Vana-Kasaritsa_(Kasaritsa)_vallavalitsus, lk 4
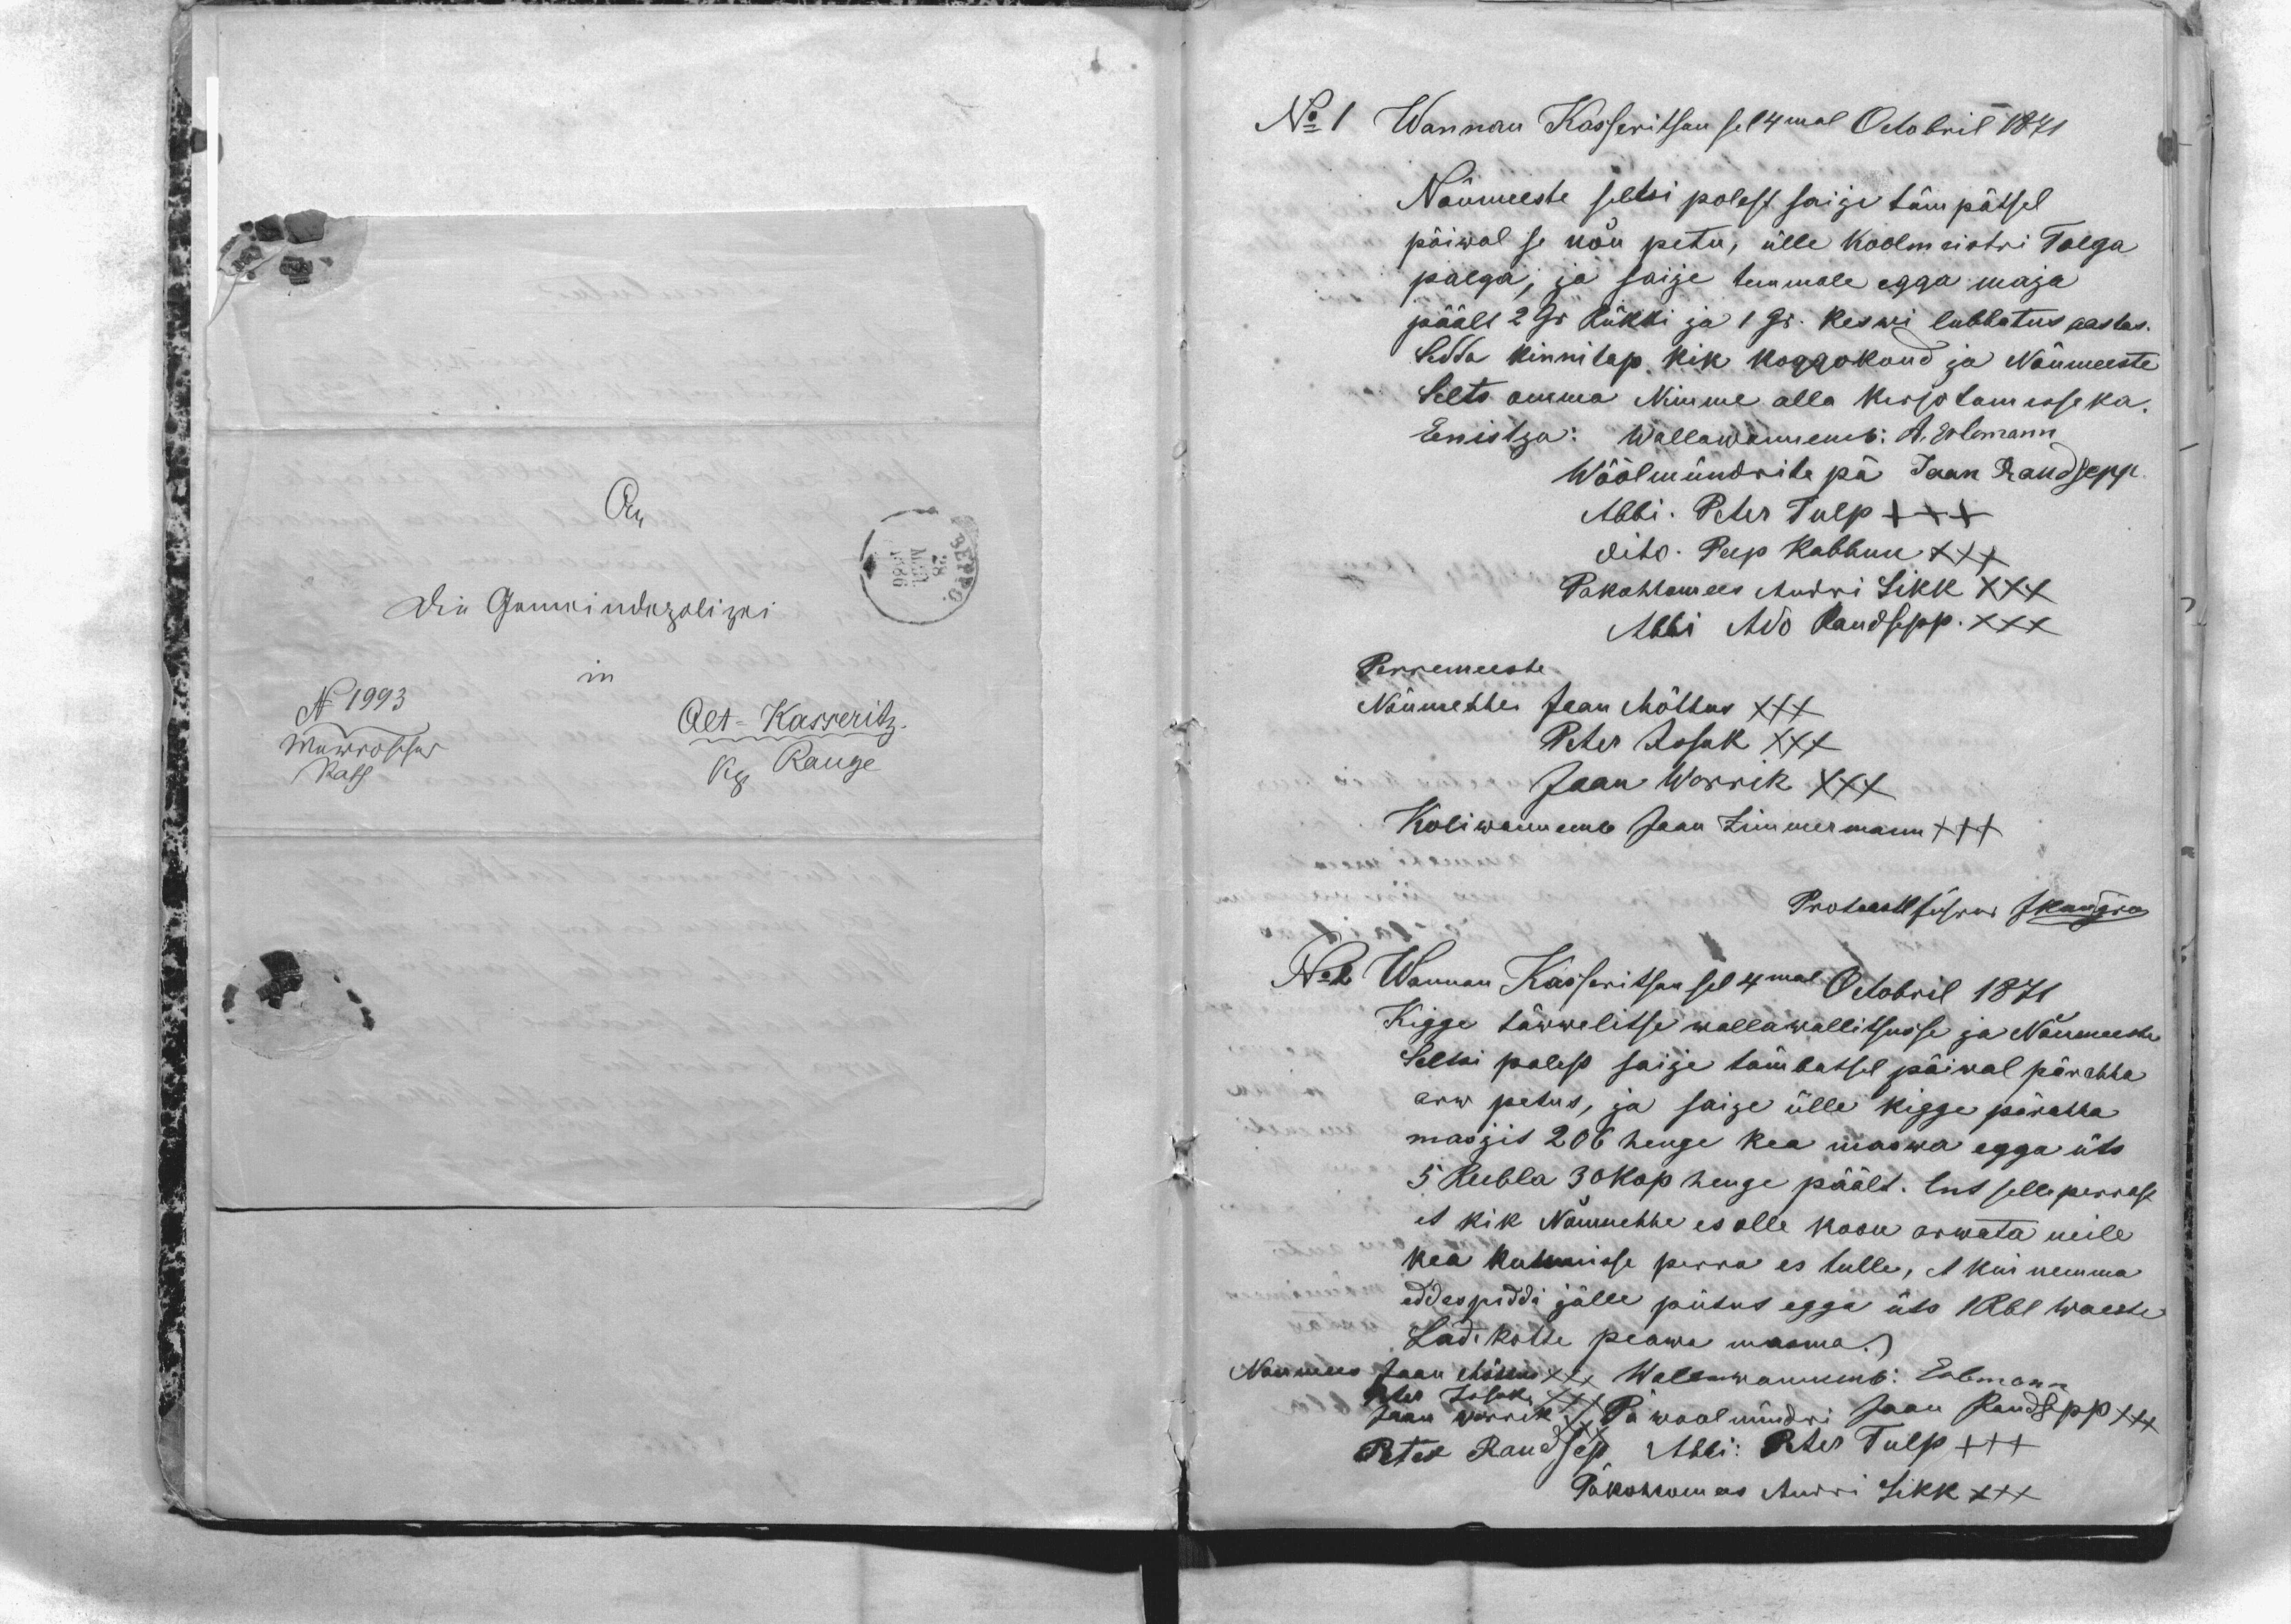
No 1 Wannan Kasseritsan sel 4mal Octobril 1871
Nõumeeste seltsi polest saije tämpätsel
päiwal se nõu petu, ülle koolmeistri Tolga
palga, ja saije temmale egga maja
päält 2 Gr. Rukki ja 1 Gr. keswi lubbatus aastas.
Sedda kinnitap kik koggokond ja Nõumeeste
Selts omma Nimme alla kirjotamisseka.
Eenistja: Wallawannemb: A. Erlemann
Wöölmündrite pä Jaan Raudsepp
Abbi. Peter Tulp XXX
dito. Peep Kabbun XXX
Pakohtomees Andri Sikk XXX
Abbi Ado Raudsepp. XXX
Perremeeste
Nõumehhe Jaan Mõttus XXX
Peter Issak XXX
Jaan Warrik XXX
Koliwannemb Jaan Zimmermann XXX
Protocoll Jürrow JKangro
No 2 Wannan Kasseritsan sel 4mal Octobril 1871
Kigge täwwelitse wallawallitsusse ja Nõumeeste
Seltsi polest saije tämbatsel päiwal pärahha
arw petus, ja saije ülle kigge pärahha
masjis 206 henge kea maswa egga üts
5 Rubla 30 kop henge päält. Ent selleperrast
et kik Nõumehhe es olle koon arwata neile
kea kutsmisse perra es tulle, et kui nemma
eddespiddi jälle putus egga üts 1 Rbl waeste
Ladi kotti peawa masma.
Noumees Jaan Mõttus XXX
Wallawannemb: Erlemann
Peter Issak XXX
Jaan Warrik XXX
Pä woolmündri Jaan Raudsepp XXX
Peter Raudsep
Abbi: Peter Tulp +++
Päkohtomees Andri Sikk XXX